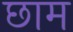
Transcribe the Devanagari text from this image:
छाम